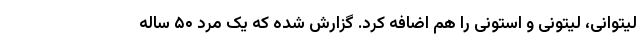
لیتوانی، لیتونی و استونی را هم اضافه کرد. گزارش شده که یک مرد ۵۰ ساله